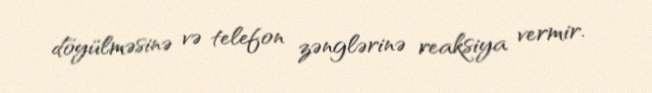
döyülməsinə və telefon zənglərinə reaksiya vermir.